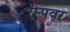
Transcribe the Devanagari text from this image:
रॅम्पवर